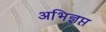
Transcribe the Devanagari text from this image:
अभिज्ञप्त